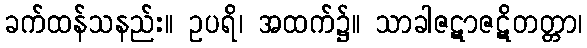
ခက်ထန်သနည်း။ ဥပရိ၊ အထက်၌။ သာခါဇဋာဇဋိတတ္တာ၊